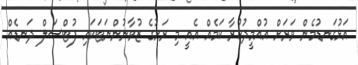
އަޅުގަނޑުމެން ވަރަށް އުއްމީދުކުރާ ކަމެއް އެއީ މި ރަށުގެ ޒުވާނުންނަޓަކައި ފުޓްސަލް ދަނޑެއް